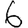
Digit: 6